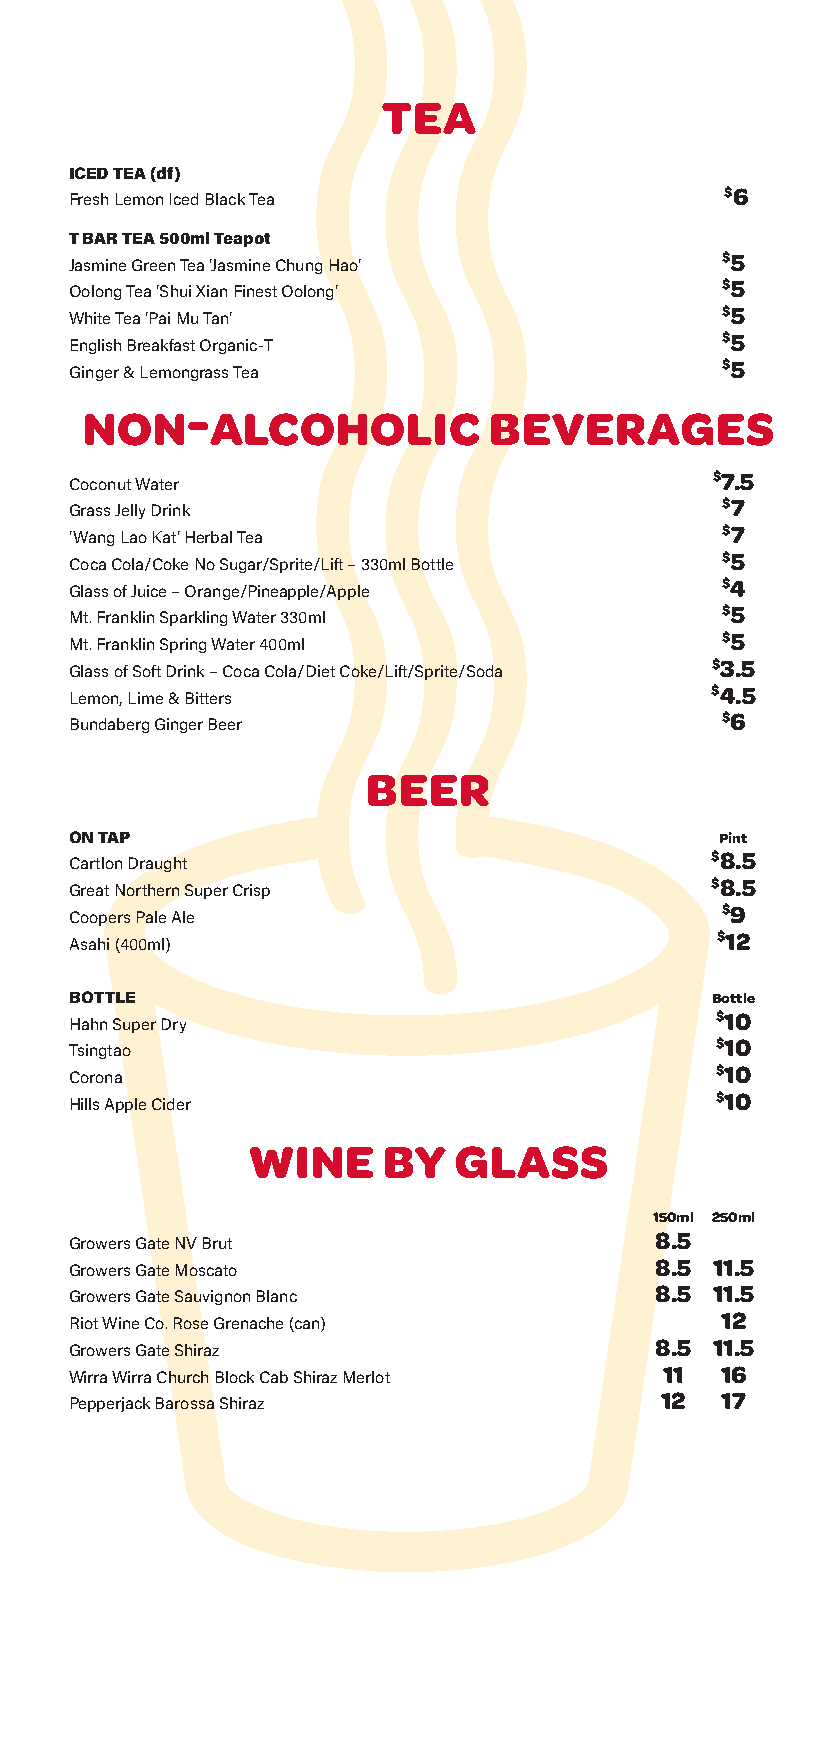
TEA
 ICED TEA (df)
 $6
 Fresh Lemon Iced Black Tea
 T BAR TEA 500ml Teapot
 $5
 Jasmine Green Tea ‘Jasmine Chung Hao’
 $5
 Oolong Tea ‘Shui Xian Finest Oolong’
 $5
 White Tea ‘Pai Mu Tan’
 $5
 English Breakfast Organic-T
 $5
 Ginger & Lemongrass Tea
 -
 NON      ALCOHOLIC         BEVERAGES
 $7.5
 Coconut Water
 $7
 Grass Jelly Drink
 $7
 ‘Wang Lao Kat’ Herbal Tea
 $5
 Coca Cola/Coke No Sugar/Sprite/Lift – 330ml Bottle
 $4
 Glass of Juice – Orange/Pineapple/Apple
 $5
 Mt. Franklin Sparkling Water 330ml
 $5
 Mt. Franklin Spring Water 400ml
 $3.5
 Glass of Soft Drink – Coca Cola/Diet Coke/Lift/Sprite/Soda
 $4.5
 Lemon, Lime & Bitters
 $6
 Bundaberg Ginger Beer
 BEER
 ON TAP                                     Pint
 $8.5
 Cartlon Draught
 $8.5
 Great Northern Super Crisp
 $9
 Coopers Pale Ale
 $12
 Asahi (400ml)
 BOTTLE                                    Bottle
 $10
 Hahn Super Dry
 $10
 Tsingtao
 $10
 Corona
 $10
 Hills Apple Cider
 WINE     BY   GLASS
 150ml 250ml
 8.5
 Growers Gate NV Brut
 8.5 11.5
 Growers Gate Moscato
 8.5 11.5
 Growers Gate Sauvignon Blanc
 12
 Riot Wine Co. Rose Grenache (can)
 8.5 11.5
 Growers Gate Shiraz
 11  16
 Wirra Wirra Church Block Cab Shiraz Merlot
 12  17
 Pepperjack Barossa Shiraz